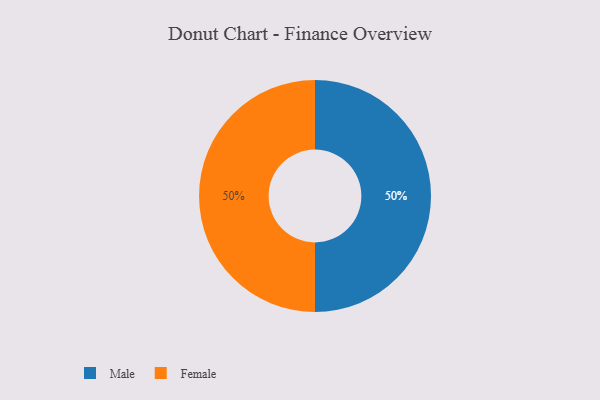
{"axis": {"x": "Category", "y": "Percentage"}, "legend": ["Female", "Male"], "data": [{"x": "Male", "y": 50, "type": "Male"}, {"x": "Female", "y": 50, "type": "Female"}]}